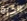
الكرة